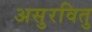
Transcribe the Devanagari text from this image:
असुरवितु